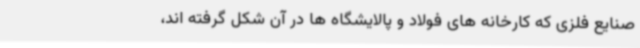
صنایع فلزی که کارخانه های فولاد و پالایشگاه ها در آن شکل گرفته اند،